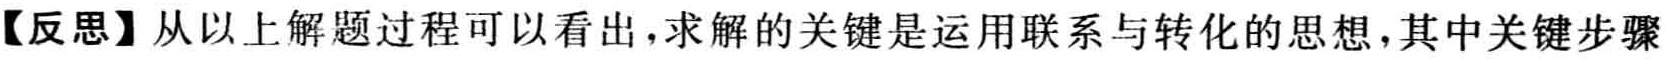
【反思】从以上解题过程可以看出，求解的关键是运用联系与转化的思想，其中关键步骤